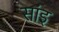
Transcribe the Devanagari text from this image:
सांइ